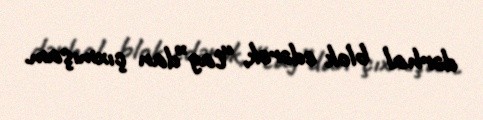
dərhal blok edərək, “tag”dan çıxmışam.